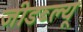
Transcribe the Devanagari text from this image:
जीडब्ल्यू